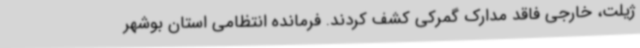
ژیلت، خارجی فاقد مدارک گمرکی کشف کردند. فرمانده انتظامی استان بوشهر